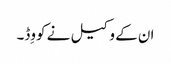
ان کے وکیل نے کووِڈ۔